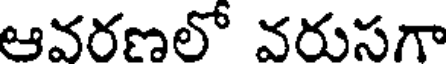
ఆవరణలో వరుసగా